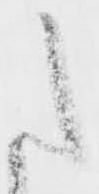
た